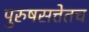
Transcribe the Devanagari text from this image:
पुरुषसत्तेतच